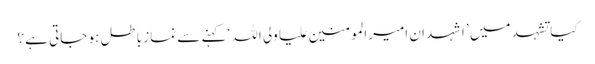
کیا تشہد میں ’ اشہد ان امیرالمومنین علیا ولی اللہ ‘ کہنے سے نماز باطل ہو جاتی ہے ؟